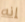
إنه